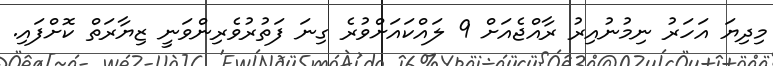
މިދިޔަ އަހަރު ނިމުނުއިރު ރާއްޖެއަށް 9 ލައްކައަށްވުރެ ގިނަ ފަތުރުވެރިންވަނީ ޒިޔާރަތް ކޮށްފައި.